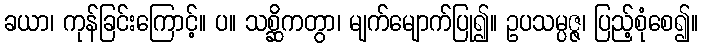
ခယာ၊ ကုန်ခြင်းကြောင့်။ ပ။ သစ္ဆိကတွာ၊ မျက်မျောက်ပြု၍။ ဥပသမ္ပဇ္ဇ၊ ပြည့်စုံစေ၍။